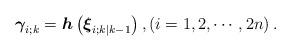
LaTeX: \begin{align*}{{\boldsymbol{\gamma }}_{i;k}} = {\boldsymbol{h}}\left( {{{\boldsymbol{\xi }}_{i;k|k - 1}}} \right),\left( {i = 1,2, \cdots ,2n} \right).\end{align*}